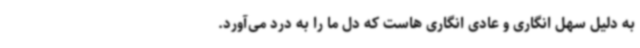
به دلیل سهل انگاری و عادی انگاری هاست که دل ما را به درد می‌آورد.